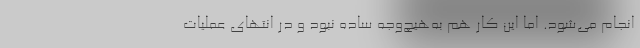
انجام می‌شود. اما این کار هم به‌هیچ‌وجه ساده نبود و در انتهای عملیات